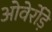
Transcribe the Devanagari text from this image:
ओवेर्रोड़े